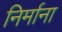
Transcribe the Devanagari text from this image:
निर्माना